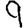
Digit: 9